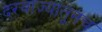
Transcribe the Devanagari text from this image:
दरवाज्यातूनच